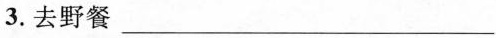
3.去野餐 ___